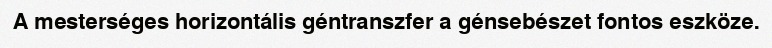
A mesterséges horizontális géntranszfer a génsebészet fontos eszköze.